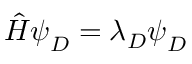
\hat { H } \boldsymbol { \psi } _ { D } = \lambda _ { D } \boldsymbol { \psi } _ { D }